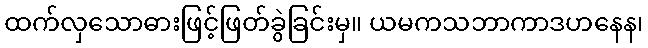
ထက်လှသောဓားဖြင့်ဖြတ်ခွဲခြင်းမှ။ ယမကသဘာကာဒဟနေန၊